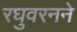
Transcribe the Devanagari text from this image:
रघुवरनने